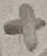
Text: +